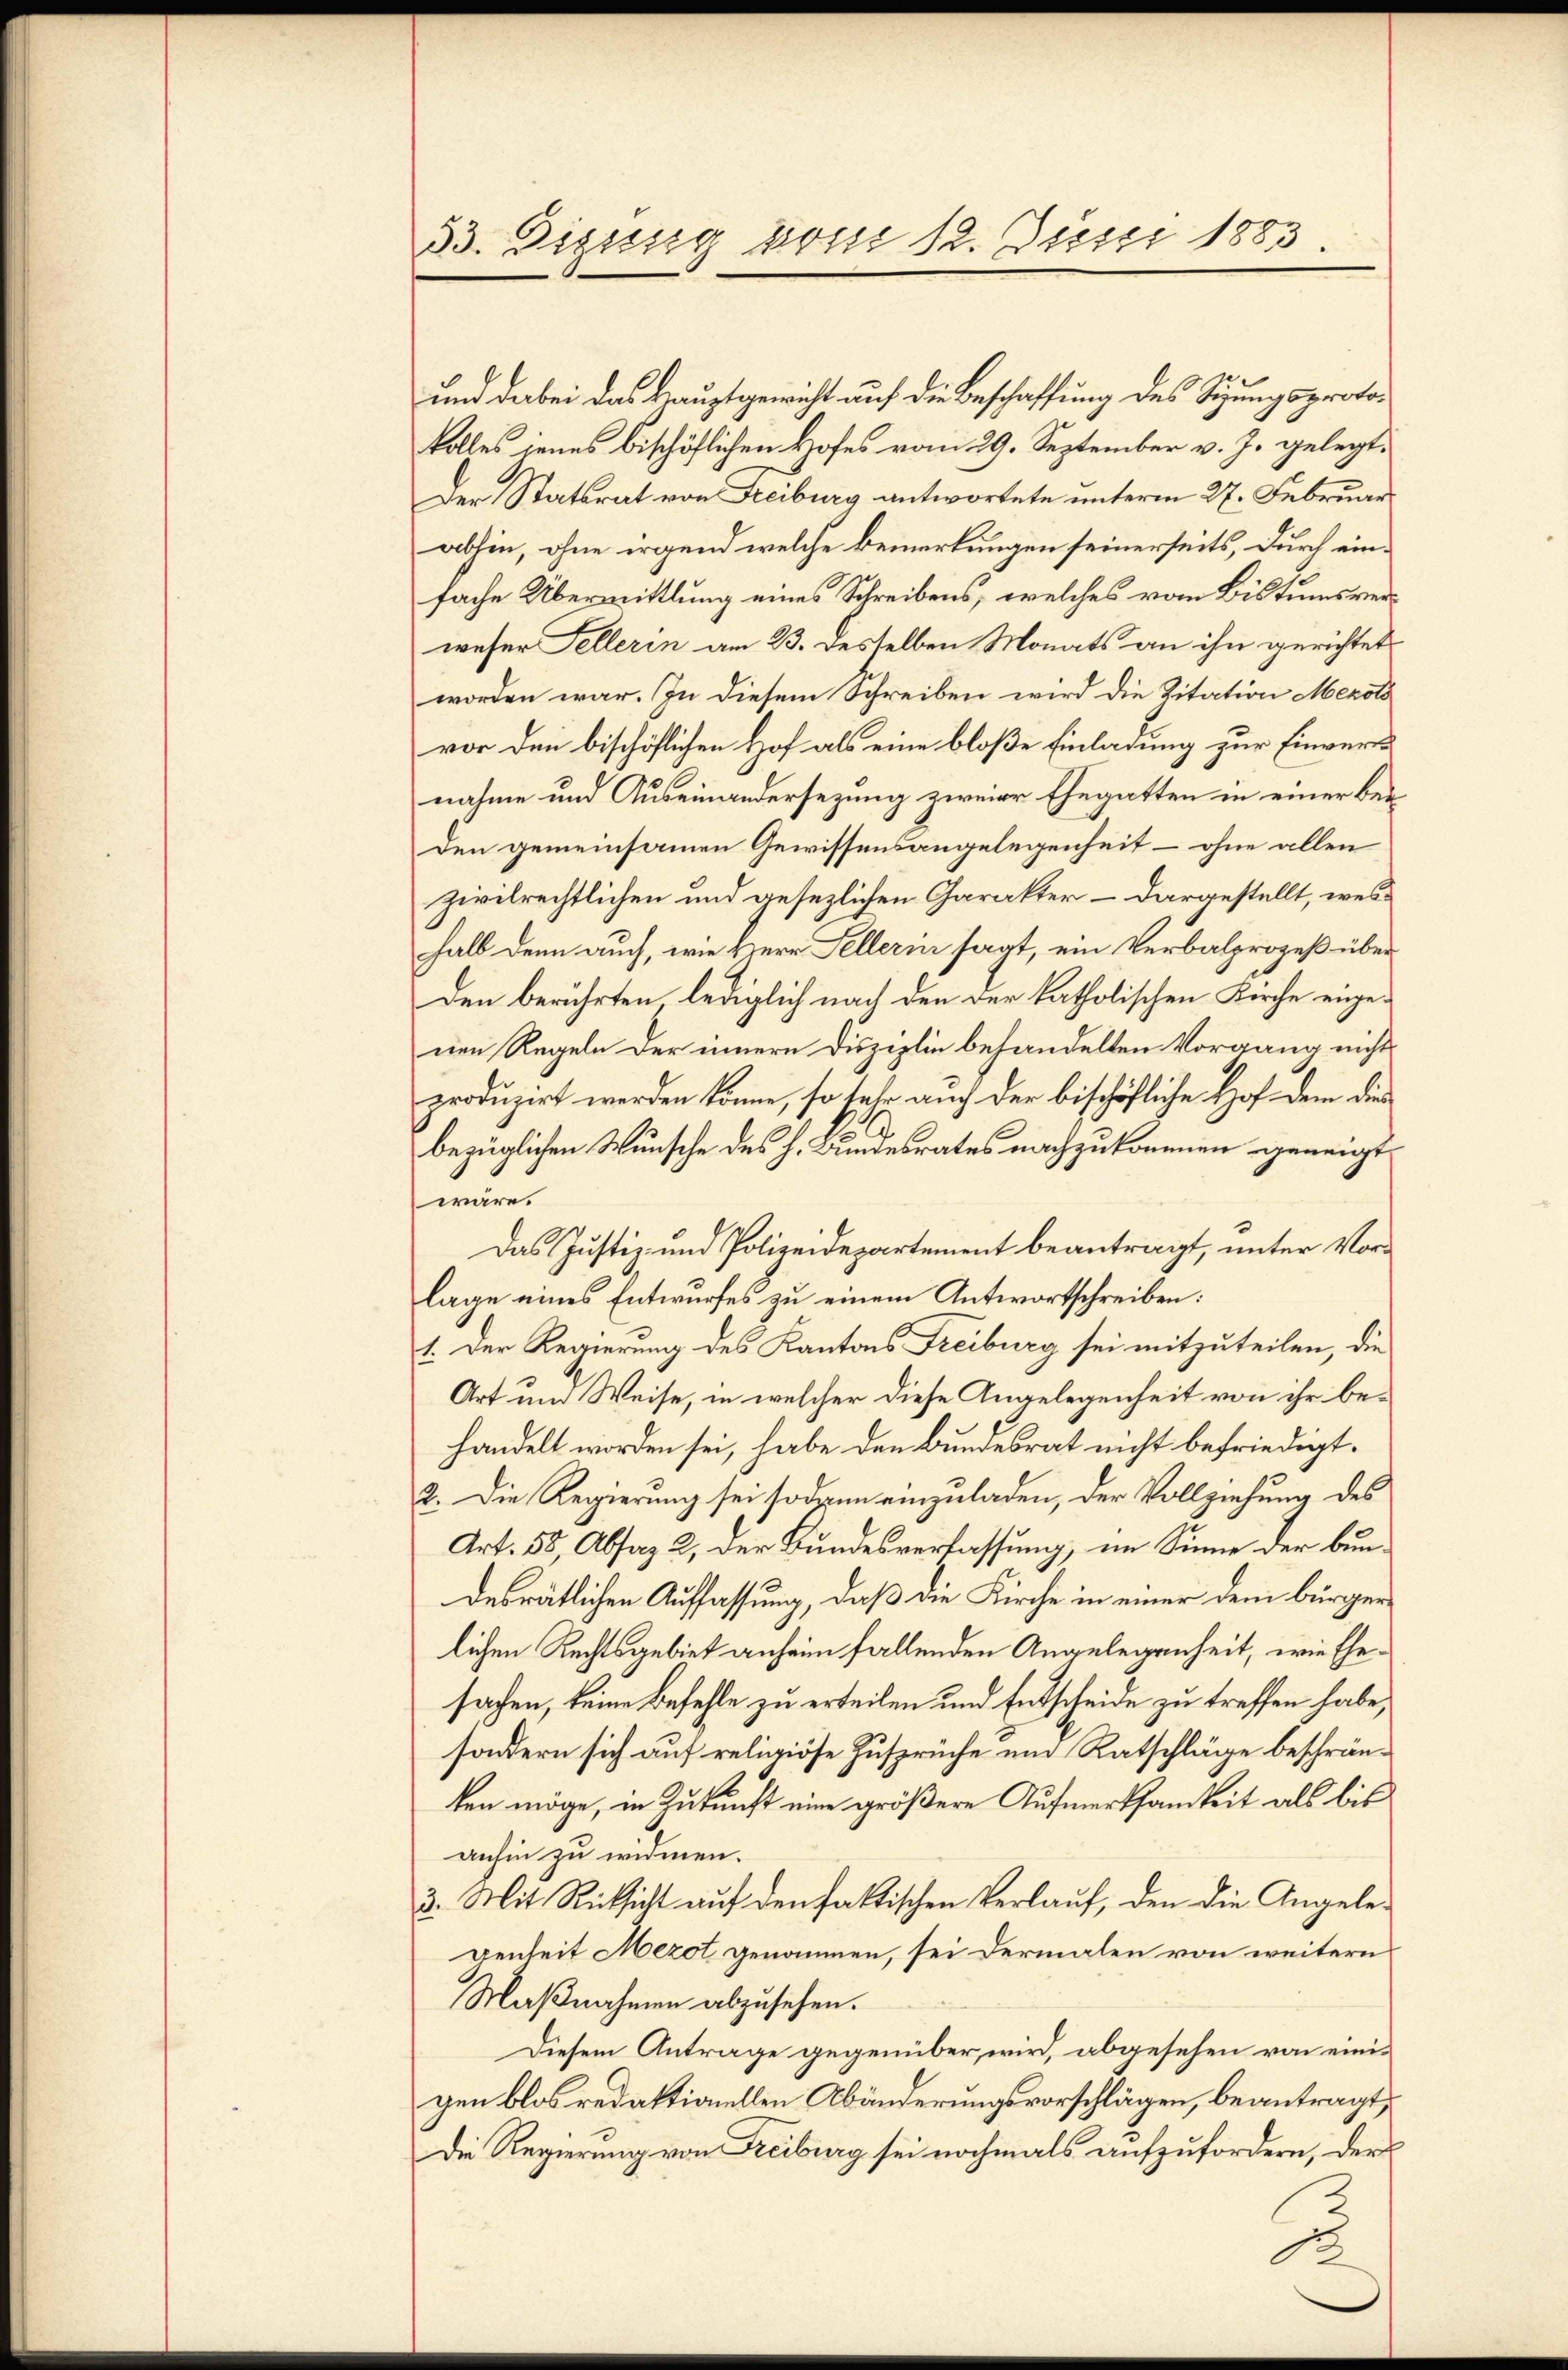
33. Diesig vom 12. Juni 1883

und dabei das Hauptgewicht auf die Beschaffung des Sigungsprotokolles jenes bischöflichen Hofes vom 29. September v. J. gelegt.
Der Statsrat von Freiburg antwortete unterm 27. Februar
abhin, ohne irgend welche Bemerkungen seinerseits, durch einfache Übermittlung eines Schreibens, welches vom Bistumsverweser Fellerin am 23. desselben Monats an ihn gerichtet
worden war. In diesem Schreiben wird die Zitation Merots
vor den bischöflichen Hof als eine bloße Einladung zur Einvers
nahme und Auseinandersezung zweier Ehegatten in einer bei
den gemeinsamen Gewissensangelegenheit – ohne allen
zivilrechtlichen und gesezlichen Charakter – dargestellt, weshalb denn auch, wie Herr Sellerin sagt, ein Verbalprozeß über
den berührten lediglich nach den der katholischen Kirche angenen Regeln der innern Disziplin behandelten Vorgang nichts
produzirt werden könne, so sehr auch der bischöfliche Hof dem dies
bezüglichen Wunsche des h. Bindesrates nachzukommen geneigt
wäre.
Das Justiz- und Polizeidepartement beantragt, unter Vorlage eines Entwurfes zu einem Antwortschreiben:
1. Der Regierung des Kantons Freiburg sei mitzuteilen, die
Art um Weise, in welcher diese Angelegenheit von ihr behandelt worden sei, habe den Bundesrat nicht befriedigt.
2. Die Regierung sei sodann einzuladen, der Vollziehung des
Art. 55, Absaz 2, der Bundesverfassung, im Sinne der bundesrätlichen Auffassung, daß die Kirche in einer dem bürger
lichen Rechtsgebiet anheim fallenden Angelegenheit, wie Ehesachen, keine Befehle zu erteilen und Entscheide zu treffen habe,
sondern sich auf religiöse Zusprüche um Ratschläge beschränken möge, in Zukunft eine größere Aufmerksamkeit als bis
anhin zu widmen.
3. Mit Rücksicht auf den faktischen Verlauf, den die Angelegenheit Mezot genommen, sei dermalen von weitern
Maßnahmen abzusehen.
Diesem Antrage gegenüber wird, abgesehen von einigen blos redaktionellen Abänderungsvorschlägen, beantragt,
Die Regierung von Freiburg sei nochmals aufzufordern, der
2